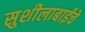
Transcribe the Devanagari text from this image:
सुशीलाबाईंचे